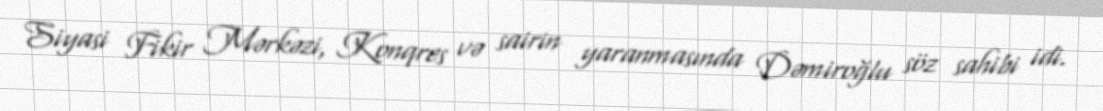
Siyasi Fikir Mərkəzi, Konqres və sairin yaranmasında Dəmiroğlu söz sahibi idi.